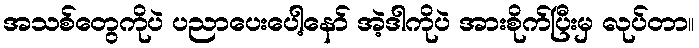
အသစ်တွေကိုပဲ ပညာပေးပေါ့နော် အဲ့ဒါကိုပဲ အားစိုက်ပြီးမှ လုပ်တာ။